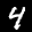
Label: 4